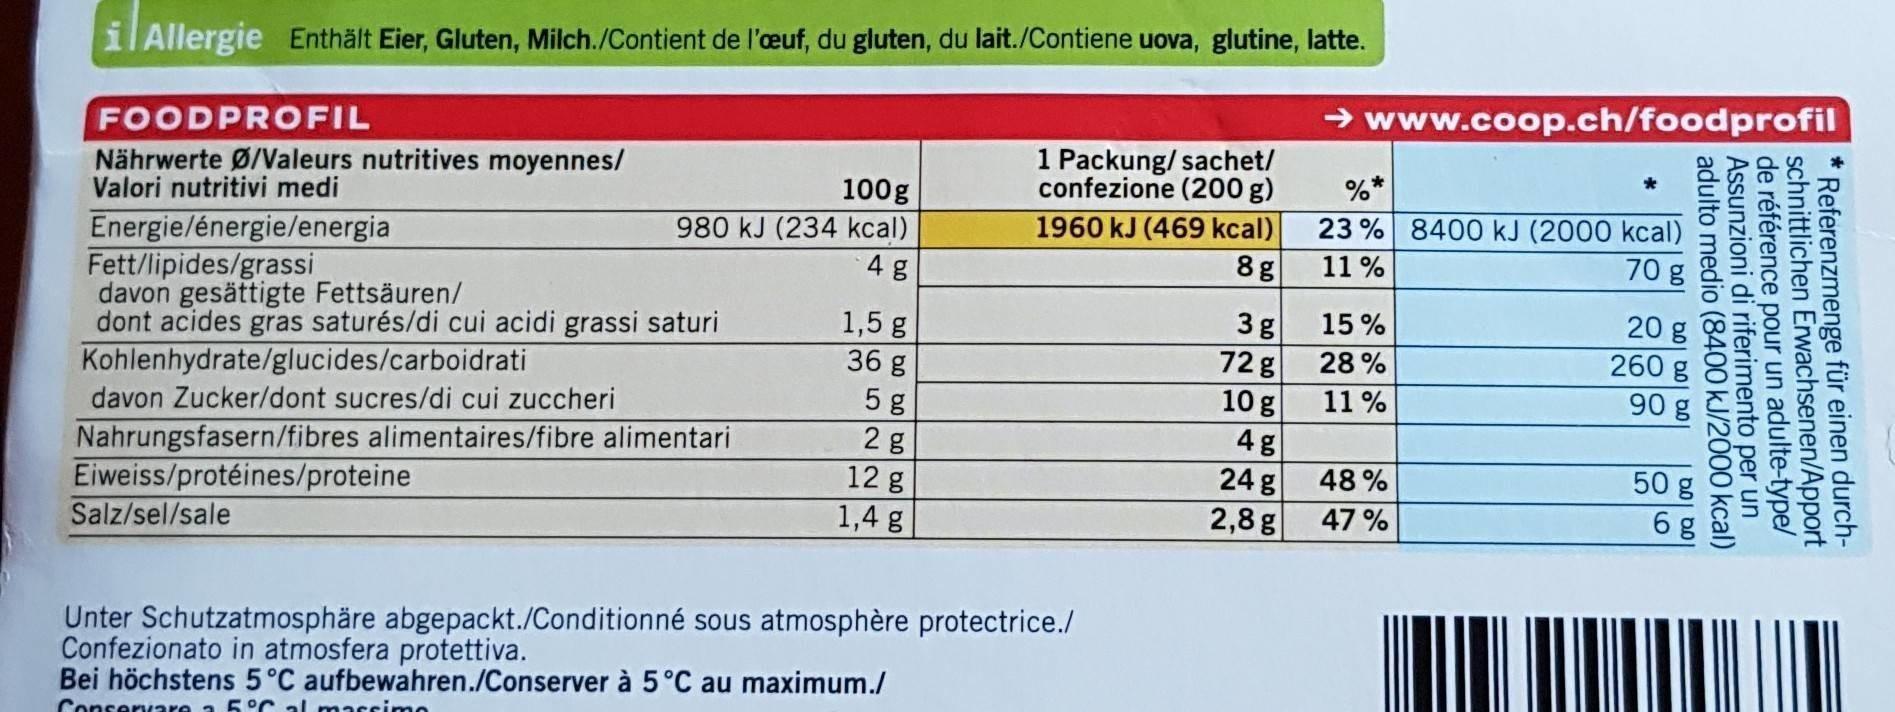
il Allergie Enthält Eier, Gluten, Milch./Contient de l'œuf, du gluten, du lait./Contiene uova, glutine, latte.
FOODPROFIL
1 Packung/sachet/ confezione (200 g)
Nährwerte Ø/Valeurs nutritives moyennes/ Valori nutritivi medi
100g
1960 kJ (469 kcal)
Energie/énergie/energia Fett/lipides/grassi
980 kJ (234 kcal) 4 g
8g
davon gesättigte Fettsäuren/
1,5 g
3g
dont acides gras saturés/di cui acidi grassi saturi Kohlenhydrate/glucides/carboidrati
36 g
72 g
5 g
10 g
davon Zucker/dont sucres/di cui zuccheri
2 g
Nahrungsfasern/fibres alimentaires/fibre alimentari
12 g
Eiweiss/protéines/proteine
1,4 g
Salz/sel/sale
Unter Schutzatmosphäre abgepackt./Conditionné sous atmosphère protectrice./ Confezionato in atmosfera protettiva.
Bei höchstens 5°C aufbewahren./Conserver à 5°C au maximum./
Conservare a 5°C al massimo
4g
24 g
2,8 g
→www.coop.ch/foodprofil
%*
23% 8400 kJ (2000 kcal)
11%
70 g
15%
20 g
28%
260 g 90 g
11%
48%
47%
*
adulto medio (8400 kJ/2000 kcal)
Assunzioni di riferimento per un de référence pour un adulte-type/ schnittlichen Erwachsenen/Apport * Referenzmenge für einen durch50 g 6 g